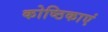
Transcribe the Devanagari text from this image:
कोष्ठिकाएं